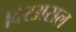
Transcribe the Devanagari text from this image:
।दरअसल